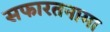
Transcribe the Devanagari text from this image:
सफारतनामा